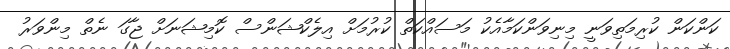
ކަންކަން ކުރިމަތިވަނީ މިނިވަންކަމާއެކު މަސައްކަތް ކުރުމަށް އިލެކްޝަންސް ކޮމިޝަނަށް ޖާގަ ނެތް މިންވަރު